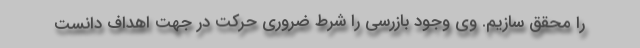
را محقق سازیم. وی وجود بازرسی را شرط ضروری حرکت در جهت اهداف دانست